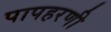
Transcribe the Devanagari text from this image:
पापहरणी